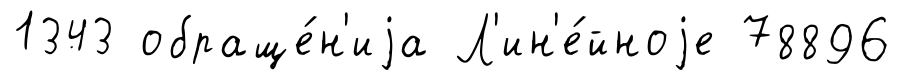
1343 обраще́н'иjа Л'ин'е́йноjе 78896